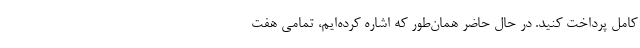
کامل پرداخت کنید. در حال حاضر همان‌طور که اشاره کرده‌ایم، تمامی هفت